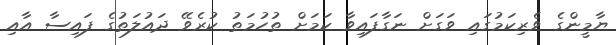
ޔާމީންގެ ވެރިކަމުގައި ވަގަށް ނަގާފައިވާ ކަމަށް ތުހުމަތު ކުރެވޭ ދައުލަތުގެ ފައިސާ އާއި